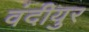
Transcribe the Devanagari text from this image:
वंदीयुर